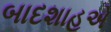
બાદશાહએ